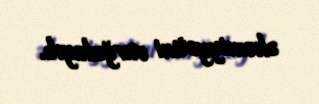
əhəmiyyətini vurğulayıb.